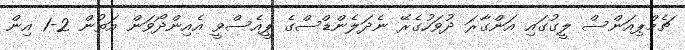
ޗެމްޕިއަންސް ލީގުގައި އަންގާރަ ދުވަހުގެރޭ ނެދަލެންޑްސްގެ ޕީއެސްވީ އެއިންދޯވަން އަތުން 2-1 އިން